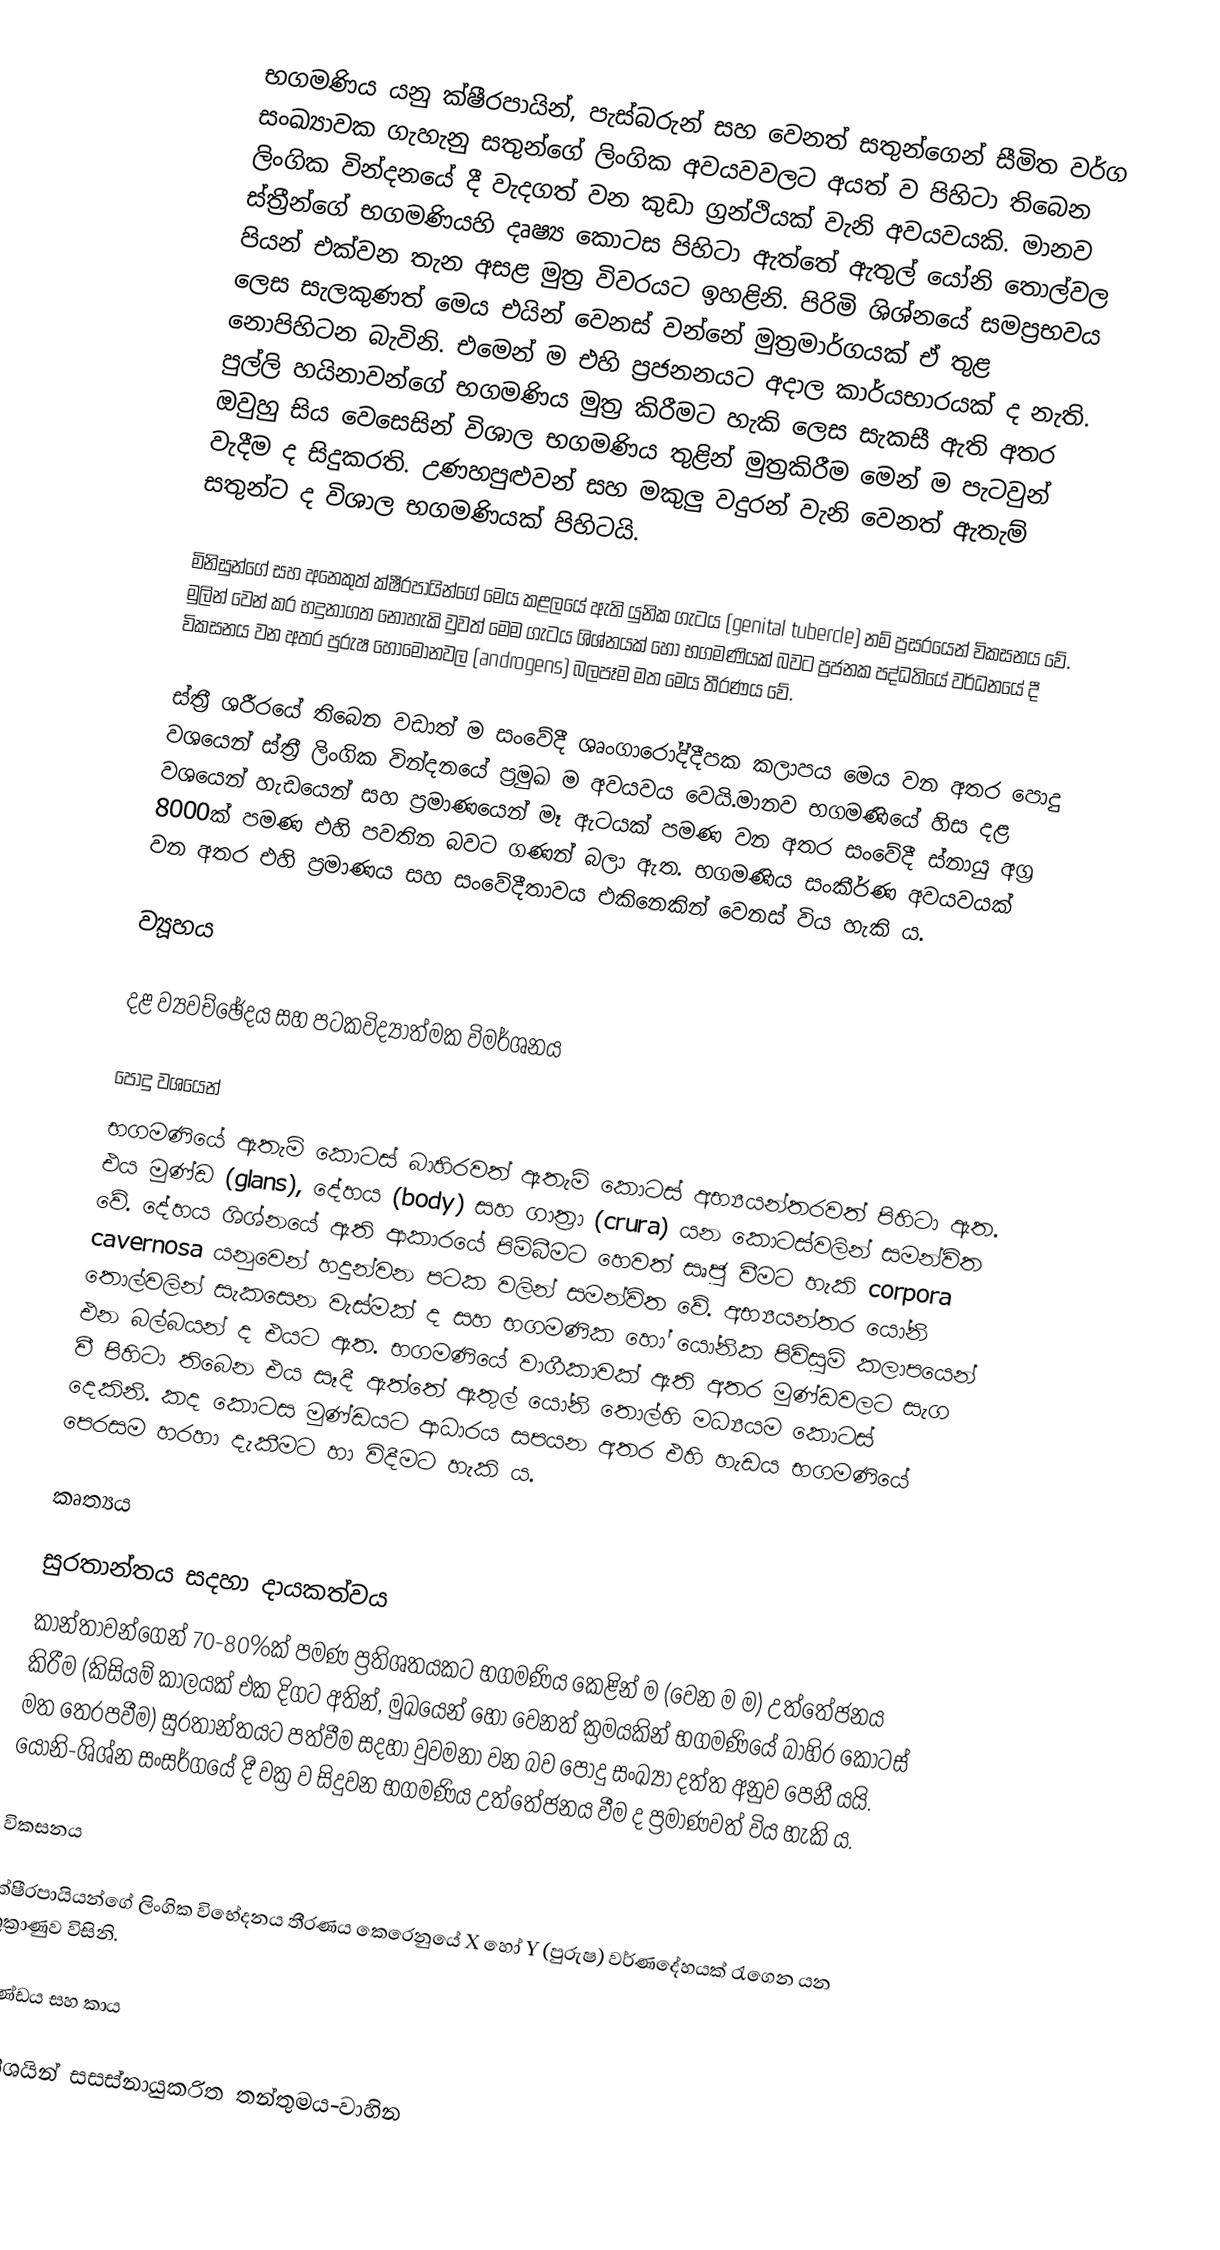
භගමණිය යනු ක්ෂීරපායින්, පැස්බරුන් සහ වෙනත් සතුන්ගෙන් සීමිත වර්ග සංඛ්‍යාවක ගැහැනු සතුන්ගේ  ලිංගික අවයවවලට අයත් ව පිහිටා තිබෙන ලිංගික වින්දනයේ දී වැදගත් වන කුඩා ග්‍රන්ථියක් වැනි අවයවයකි. මානව ස්ත්‍රීන්ගේ භගමණියහි දෘෂ්‍ය කොටස පිහිටා ඇත්තේ ඇතුල් යෝනි තොල්වල පියන් එක්වන තැන අසළ මුත්‍ර විවරයට ඉහළිනි. පිරිමි ශිශ්නයේ සමප්‍රභවය ලෙස සැලකුණත් මෙය එයින් වෙනස් වන්නේ මුත්‍රමාර්ගයක් ඒ තුළ නොපිහිටන බැවිනි. එමෙන් ම එහි ප්‍රජනනයට අදාල කාර්යභාරයක් ද නැති. පුල්ලි හයිනාවන්ගේ භගමණිය මුත්‍ර කිරීමට හැකි ලෙස සැකසී ඇති අතර ඔවුහු සිය වෙසෙසින් විශාල භගමණිය තුළින් මුත්‍රකිරීම මෙන් ම පැටවුන් වැදීම ද සිදුකරති. උණහපුළුවන් සහ මකුලු වදුරන් වැනි වෙනත් ඇතැම් සතුන්ට ද විශාල භගමණියක් පිහිටයි.

මිනිසුන්ගේ සහ අනෙකුත් ක්ෂීරපායින්ගේ මෙය කළලයේ ඇති යුනික ගැටය (genital tubercle) නම් ප්‍රසරයෙන් විකසනය වේ. මුලින් වෙන් කර හදුනාගත නොහැකි වුවත් මෙම ගැටය ශිශ්නයක් හෝ භගමණියක් බවට ප්‍රජනක පද්ධතියේ වර්ධනයේ දී විකසනය වන අතර පුරුෂ හෝමෝනවල (androgens) බලපෑම මත මෙය තීරණය වේ.

ස්ත්‍රී ශරීරයේ තිබෙන වඩාත් ම සංවේදී ශෘංගාරෝද්දීපක කලාපය මෙය වන අතර පොදු වශයෙන් ස්ත්‍රී ලිංගික වින්දනයේ ප්‍රමුඛ ම අවයවය වෙයි.මානව භගමණියේ හිස දළ වශයෙන් හැඩයෙන් සහ ප්‍රමාණයෙන් මෑ ඇටයක් පමණ වන අතර සංවේදී ස්නායු අග්‍ර 8000ක් පමණ එහි පවතින බවට ගණන් බලා ඇත. භගමණිය සංකීර්ණ අවයවයක් වන අතර එහි ප්‍රමාණය සහ සංවේදීතාවය එකිනෙකින් වෙනස් විය හැකි ය.

ව්‍යූහය

දළ ව්‍යවච්ඡේදය සහ පටකවිද්‍යාත්මක විමර්ශනය

පොදු වශයෙන්
භගමණියේ ඇතැම් කොටස් බාහිරවත් ඇතැම් කොටස් අභ්‍යයන්තරවත් පිහිටා ඇත. එය මුණ්ඩ (glans), දේහය (body) සහ ගාත්‍රා (crura) යන කොටස්වලින් සමන්විත වේ. දේහය ශිශ්නයේ ඇති ආකාරයේ පිම්බීමට හෙවත් සෘජු වීමට හැකි corpora cavernosa යනුවෙන් හදුන්වන පටක වලින් සමන්විත වේ. අභ්‍යයන්තර යෝනි තොල්වලින් සැකසෙන වැස්මක් ද සහ භගමණික හෝ යෝනික පිවිසුම් කලාපයෙන් එන බල්බයන් ද එයට ඇත. භගමණියේ වාගීකාවක් ඇති අතර මුණ්ඩවලට සැග වී පිිහිටා තිබෙන එය සෑදී ඇත්තේ ඇතුල් යෝනි තොල්හි මධ්‍යයම කොටස් දෙකිනි. කද කොටස මුණ්ඩයට ආධාරය සපයන අතර එහි හැඩය භගමණියේ පෙරසම හරහා දැකීමට හා විදීමට හැකි ය.

කෘත්‍යය

සුරතාන්තය සදහා දායකත්වය
කාන්තාවන්ගෙන් 70-80%ක් පමණ ප්‍රතිශතයකට භගමණිය කෙළින් ම (වෙන ම ම) උත්තේජනය කිරීම (කිසියම් කාලයක් එක දිගට අතින්, මුඛයෙන් හෝ වෙනත් ක්‍රමයකින් භගමණියේ බාහිර කොටස් මත තෙරපවීම) සුරතාන්තයට පත්වීම සදහා වුවමනා වන බව පොදු සංඛ්‍යා දත්ත අනුව පෙනී යයි. යෝනි-ශිශ්න සංසර්ගයේ දී වක්‍ර ව සිදුවන භගමණිය උත්තේජනය වීම ද ප්‍රමාණවත් විය හැකි ය.

විකසනය

ක්ෂීරපායියන්ගේ ලිංගික විභේදනය තීරණය කෙරෙනුයේ  X හෝ Y (පුරුෂ) වර්ණදේහයක් රැගෙන යන ශුක්‍රාණුව විසිනි.

මුණ්ඩය සහ කාය

අතිශයින් සසස්නායුකරිත තන්තුමය-වාහින